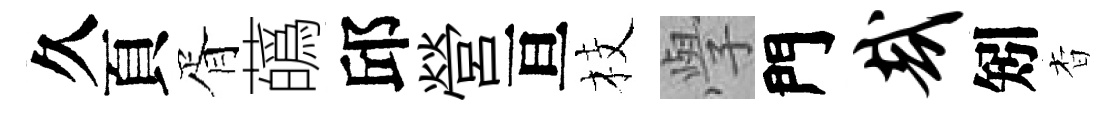
久頁胥蘤邱營亘枝𭓕門哉矧杳